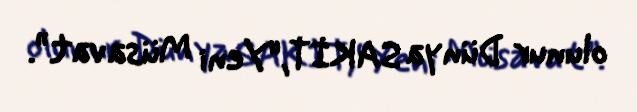
olunur Dünya SAKİT,“Yeni Müsavat”.